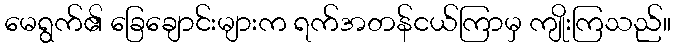
မေရွက်၏ ခြေချောင်းများက ရက်အတန်ငယ်ကြာမှ ကျိုးကြသည်။